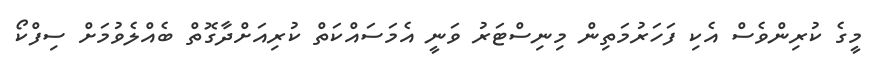
މީގެ ކުރިންވެސް އެކި ފަހަރުމަތިން މިނިސްޓަރު ވަނީ އެމަސައްކަތް ކުރިއަށްދާގޮތް ބެއްލެވުމަށް ސިފްކޯ